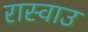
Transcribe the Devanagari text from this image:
रास्वाउ